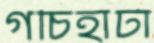
গচিহাটা